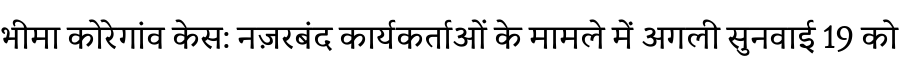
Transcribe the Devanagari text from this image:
भीमा कोरेगांव केस: नज़रबंद कार्यकर्ताओं के मामले में अगली सुनवाई 19 को